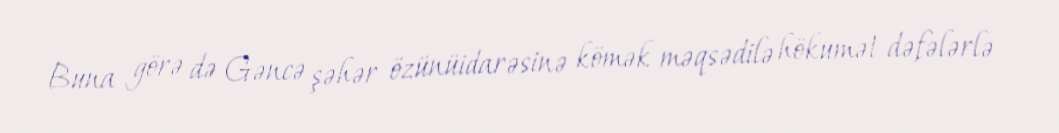
Buna görə də Gəncə şəhər özünüidarəsinə kömək məqsədilə hökumət dəfələrlə